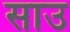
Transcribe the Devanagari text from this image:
साउ